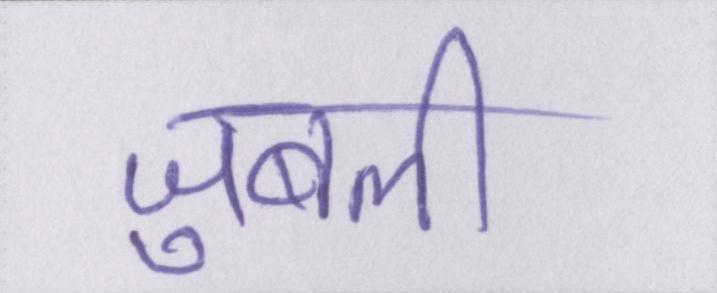
जुबली